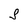
Character: S